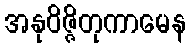
အနုဝိဇ္ဇိတုကာမေန